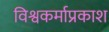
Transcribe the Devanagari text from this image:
विश्वकर्माप्रकाश